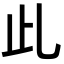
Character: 𣥃